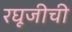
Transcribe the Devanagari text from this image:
रघूजीची